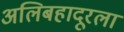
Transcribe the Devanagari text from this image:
अलिबहादूरला